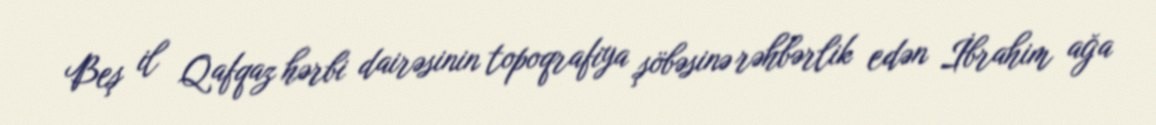
Beş il Qafqaz hərbi dairəsinin topoqrafiya şöbəsinə rəhbərlik edən İbrahim ağa